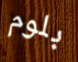
بلوم